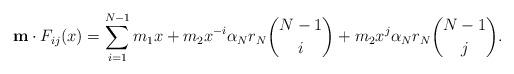
LaTeX: \begin{align*}{\bf m}\cdot F_{ij}(x)= \sum_{i=1}^{N-1}m_1x+m_2 x^{-i}\alpha_Nr_N\binom{N-1}{i}+m_2 x^{j}\alpha_Nr_N\binom{N-1}{j}.\end{align*}